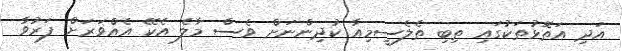
އަދި އަތޮޅުތަކުގައި ތިބި ތެލެސީމިއާ ކުދިންނަށް ވެސް މާލެ އެކޭ އެއްވަރަށް ފަރުވާ